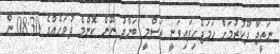
ނަތީޖާ ދޫކުރުމަށް ހަމަޖެހިފައިވަނީ ރަސްމީ ބަންދު ނޫން ކޮންމެ ދުވަހެއްގެ 08:30 ން